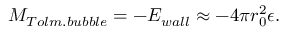
M _ { T o l m . b u b b l e } = - E _ { w a l l } \approx - 4 \pi r _ { 0 } ^ { 2 } \epsilon .